Vaccination in Burma 1920-1933 - 1920-1933
Year: 1920
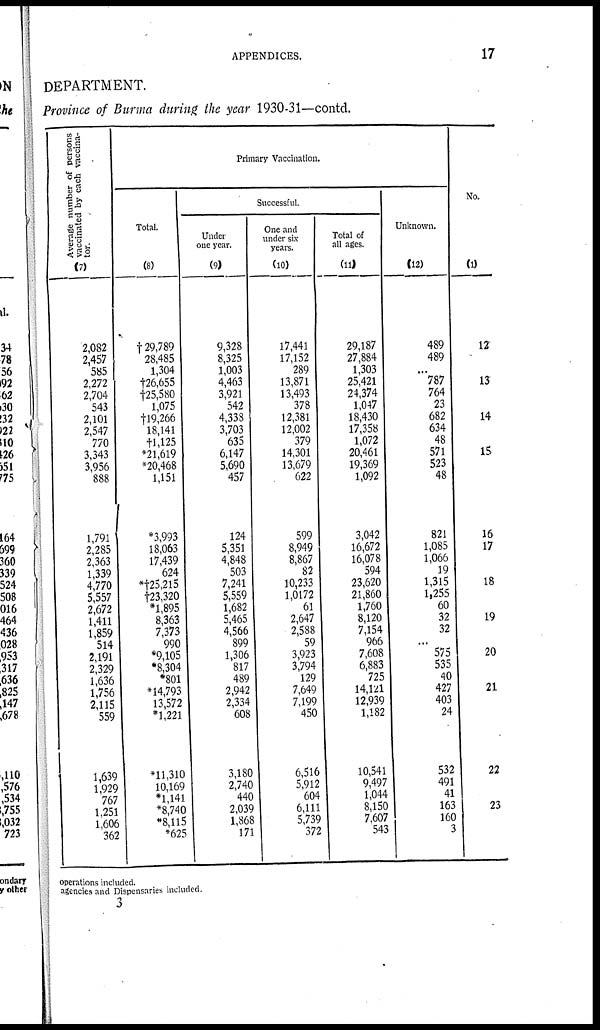
APPENDICES.
17
DEPARTMENT.
Province of Burma during the year 1930-31—contd.
Average number of persons
vaccinated by each vaccina-
tor.
(7)
2,082
2,457
585
2,272
2,704
543
2,101
2,547
770
3,343
3,956
888
1,791
2,285
2,363
1,339
4,770
5,557
2,672
1,411
1,859
514
2,191
2,329
1,636
1,756
2,115
559
1,639
1,929
767
1,251
1,606
362
Primary Vaccination.
Total.
(8)
† 29,789
28,485
1,304
†26,655
† 25,580
1,075
†19,266
18,141
†1,125
*21,619
*20,468
1,151
*3,993
18,063
17,439
624
*†25,2l5
†23,320
*1,895
8,363
7,373
990
*9,105
*8,304
*801
*14,793
13,572
*1,221
*11,310
10,169
*1,141
*8,740
*8,115
*625
Successful.
Under
one year.
(9)
9,328
8,325
1,003
4,463
3,921
542
4,338
3,703
635
6,147
5,690
457
124
5,351
4,848
503
7,241
5,559
1,682
5,465
4,566
899
1,306
817
489
2,942
2,334
608
3,180
2,740
440
2,039
1,868
171
One and
under six-
years.
(10)
17,441
17,152
289
13,871
13,493
378
12,381
12,002
379
14,301
13,679
622
599
8,949
8,867
82
10,233
1,0172
61
2,647
2,588
59
3,923
3,794
129
7,649
7,199
450
6,516
5,912
604
6,111
5,739
372
Total of
all ages.
(11)
29,187
27,884
1,303
25,421
24,374
1,047
18,430
17,358
1,072
20,461
19,369
1,092
3,042
16,672
16,078
594
23,620
21,860
1,760
8,120
7,154
966
7,608
6,883
725
14,121
12,939
1,182
10,541
9,497
1,044
8,150
7,607
543
Unknown.
(12)
489
489
...
787
764
23
682
634
48
571
523
48
821
1,085
1,066
19
1,315
1,255
60
32
32
...
575
535
40
427
403
24
532
491
41
163
160
3
No.
(1)
12
13
14
15
16
17
18
19
20
21
22
23
operations included.
agencies and Dispensaries included.
3